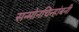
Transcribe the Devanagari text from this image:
सन्माेनचिन्हांबनी